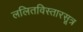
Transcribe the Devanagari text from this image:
ललितविस्तारसूत्र